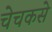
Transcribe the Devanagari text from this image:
चेचकसे